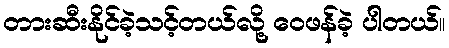
တားဆီးနိုင်ခဲ့သင့်တယ်လို့ ဝေဖန်ခဲ့ ပါတယ်။